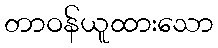
တာဝန်ယူထားသော